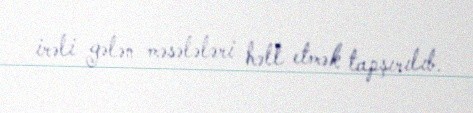
irəli gələn məsələləri həll etmək tapşırılıb.